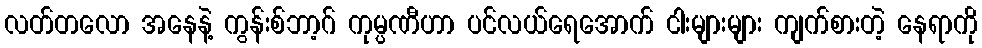
လတ်တလော အနေနဲ့ ကွန်းစ်ဘာ့ဂ် ကုမ္ပဏီဟာ ပင်လယ်ရေအောက် ငါးများများ ကျက်စားတဲ့ နေရာကို